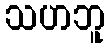
သဟဘူ